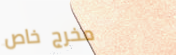
مخرج خاص